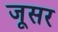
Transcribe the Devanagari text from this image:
जूसर